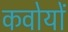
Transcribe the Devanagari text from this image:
कवोयों